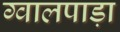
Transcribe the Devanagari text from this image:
ग्वालपाड़ा